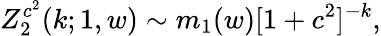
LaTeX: Z_{2}^{c^{2}}(k;1,w)\sim m_{1}(w)[1+c^{2}]^{-k},